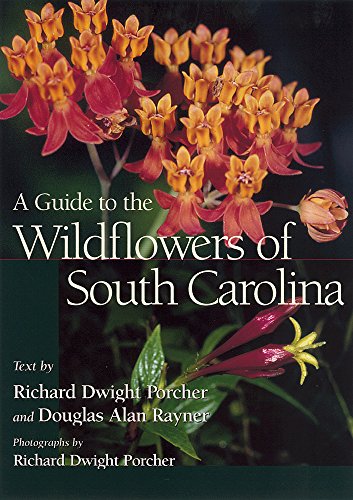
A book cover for A Guide to the Wildflowers of South Carolina; Richard Dwight Porcher; Crafts, Hobbies & Home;